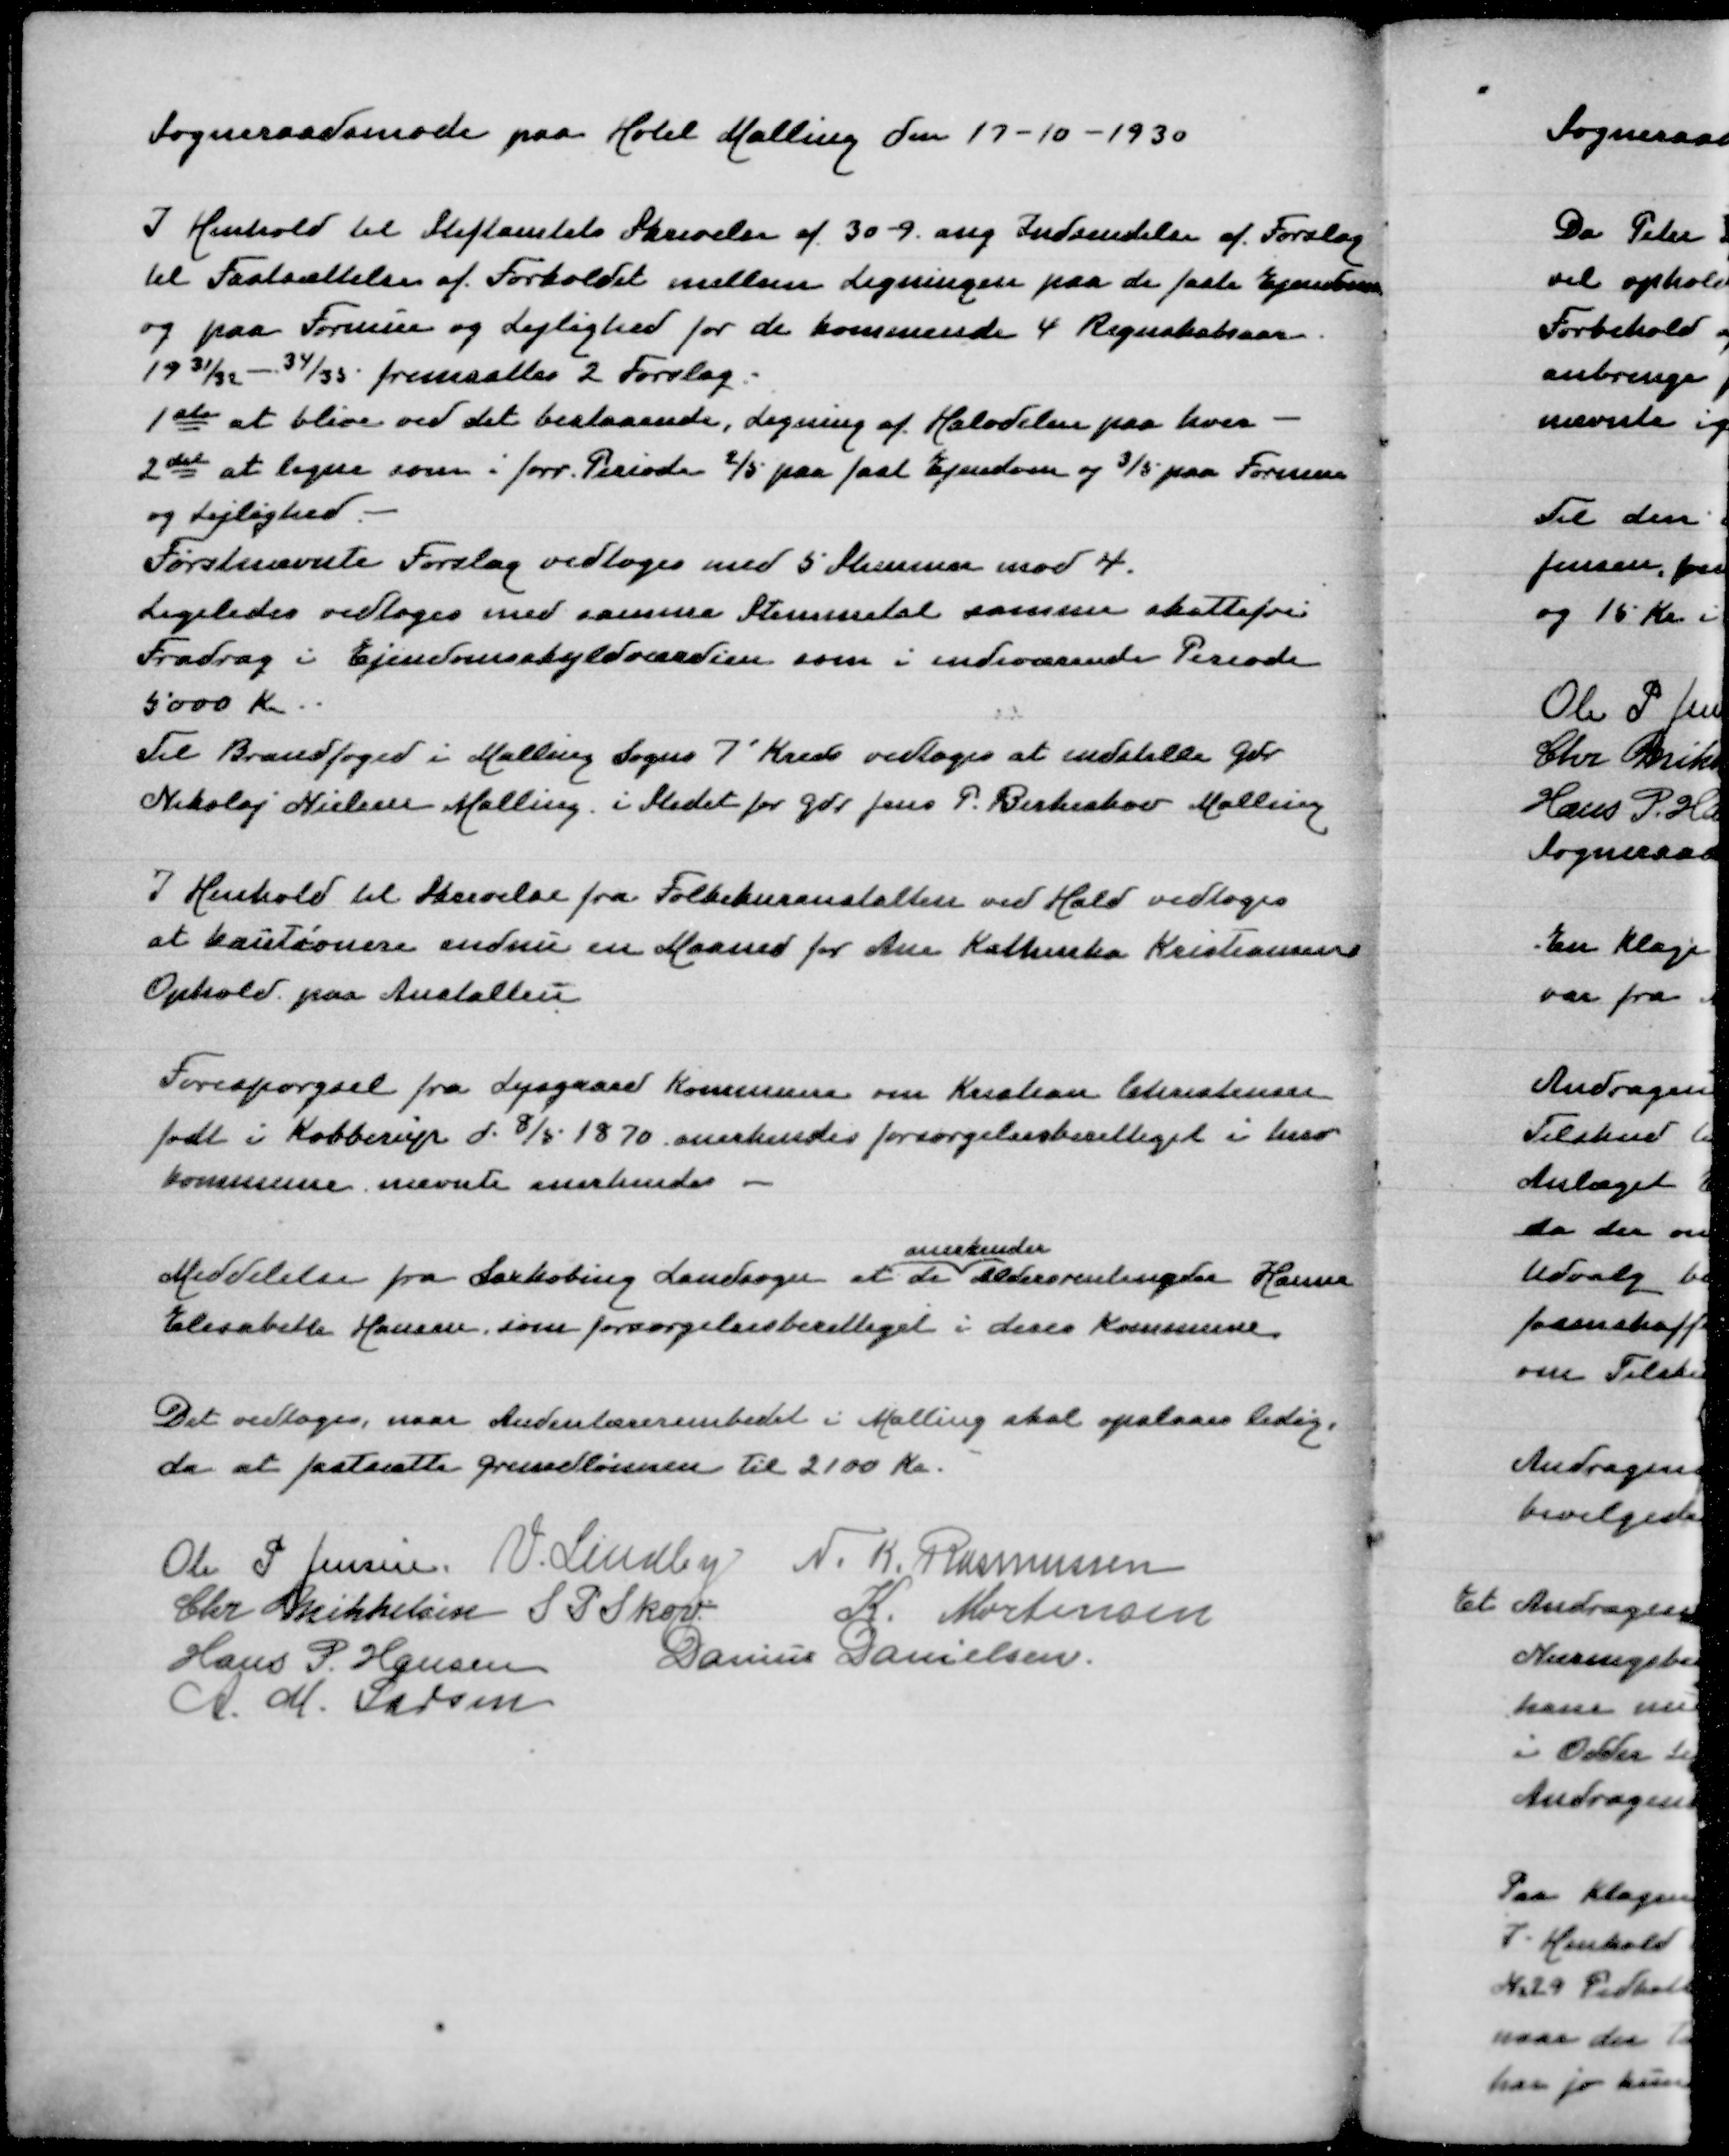
Transskription:
Sogneraadsmøde paa Hotel Malling den 17-10-1930

I Henhold til Stiftamtets Skrivelse af 30-9 ang Indsendelse af Forslag
til Fastsættelse af Forholdet mellemLigningen paa de faste Ejendomme
og paa Formue og Lejlighed for de kommende 4 Regnskabsaar
1931/32-34/35 fremsættes 2 Forslag
1ste at blive ved det bestaaende, Ligning af Halvdelen paa hver -
2det at ligne som i forr Periode 2/5 paa fast Ejendom og 3/5paa Formue
og Lejlighed
Førstnævnte Forslag vedtoges med 5 Stemmer mod 4
Ligeledes vedtoges med samme Stemmetal samme skattefri
Fradrag i Ejendomsskyldværdien som i indeværende Periode
5000 Kr
Til Brandfoged i Malling Sogns 7' Kreds vedtoges at indstille Gdr
Nikolaj Nielsen Malling i Stedet for Gdr Jens P Birkeskov Malling

I Henhold til Skrivelse fra Folkekuranstalten ved Hald vedtoges
at kautionere endnu en Maaned for Ane Kathinka Kristensens
Ophold paa Anstalten

Forespørgsel fra Lysgaard Kommune om Kristian Christensen
født i Kobberup d 8/5 1870 anerkendes forsørgelsesberettiget i herv
Kommune nævnte anerkendes

anerkender
Meddelelse fra Saxkøbing Landsogn at de Aldersrentenyder Hanne
Elsebeth Hansen, som forsørgelsesberettiget i deres Kommune

Det vedtoges, naar Andenlærerembedet i Mallingskal opslaas ledig,
da at fastsætte Grundlønnen til 2100 Kr

Ole P Jensen
V Lindby
N K Rasmussen
Chr Mikkelsen
S P Skov
K Mortensen
Hans P Hansen
Danius Danielsen
A M Larsen